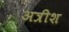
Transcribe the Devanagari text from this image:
अत्रीश